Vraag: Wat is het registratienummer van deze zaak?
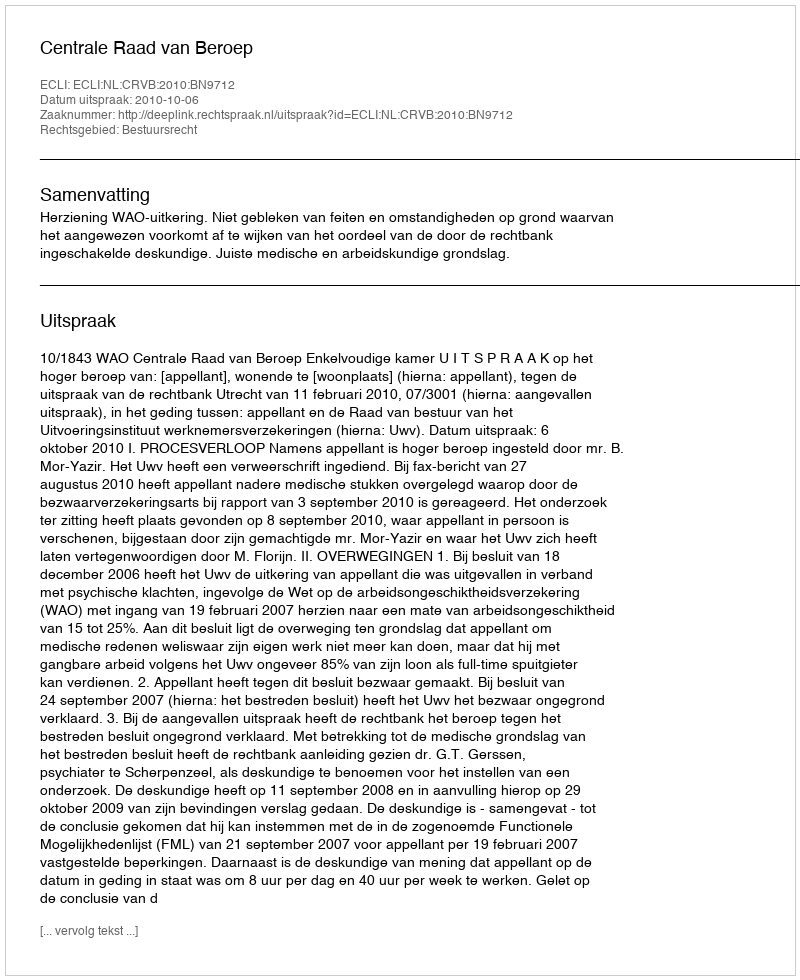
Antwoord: http://deeplink.rechtspraak.nl/uitspraak?id=ECLI:NL:CRVB:2010:BN9712